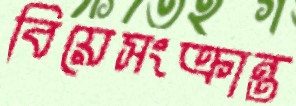
বিয়েসংক্রান্ত